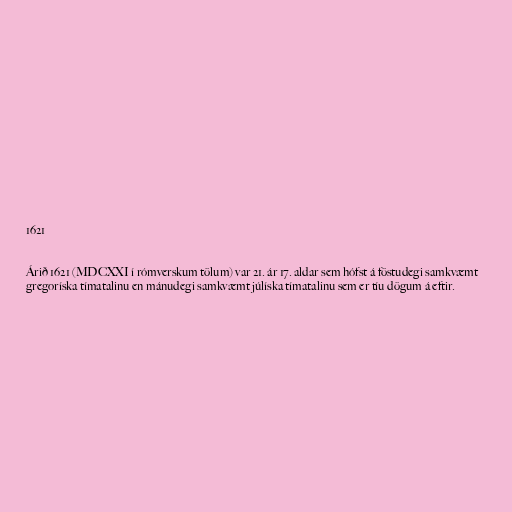
1621

Árið 1621 (MDCXXI í rómverskum tölum) var 21. ár 17. aldar sem hófst á föstudegi samkvæmt
gregoríska tímatalinu en mánudegi samkvæmt júlíska tímatalinu sem er tíu dögum á eftir.